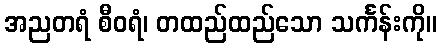
အညတရံ စီဝရံ၊ တထည်ထည်သော သင်္ကန်းကို။